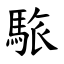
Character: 䮉